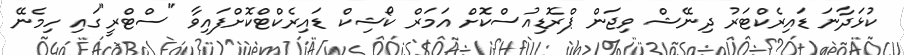
ކުޅަދާނަ ޑައިރެކްޓަރު ދިނޭޝް ވިޖަން ޕްރޮޑިއުސްކޮށް އަމަރް ކޯޝިކް ޑައިރެކްޓްކޮށްފައިވާ "ސްޓްރީ"ގައި ހިމެނޭ